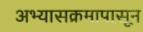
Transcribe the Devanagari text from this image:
अभ्यासक्रमापासून